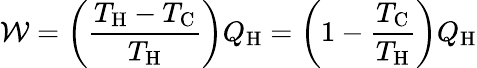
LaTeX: \mathcal{W}=\left({\frac{{T_{\mathrm{{H}}}-T_{\mathrm{{C}}}}}{{T_{\mathrm{{H}}}}}}\right)Q_{\mathrm{{H}}}=\left(1-{\frac{{T_{\mathrm{{C}}}}}{{T_{\mathrm{{H}}}}}}\right)Q_{\mathrm{{H}}}